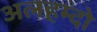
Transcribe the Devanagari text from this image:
अलहम्दो